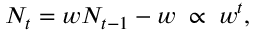
N _ { t } = w N _ { t - 1 } - w \; \propto \; w ^ { t } ,